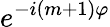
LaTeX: e^{-i(m+1)\varphi}